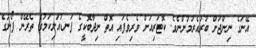
އޭނަގެ ނިންޖަށް ބުރުއެރުމުންނެވެ. ކޮޓަރިއަށް ވެރިވެފައި އޮތް ނިދާބޮކީގެ ފަނޑުއަލިކަމުގެ ތެރޭން ފޯނުގެ